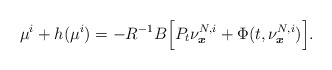
\begin{align*}\mu^i+h(\mu^i)=-R^{-1}B\Big[P_t\nu^{N,i}_{\boldsymbol{x}}+\Phi(t,\nu^{N,i}_{\boldsymbol{x}})\Big]. \end{align*}